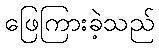
ဖြေကြားခဲ့သည်